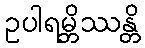
ဥပါရမ္ဘိဿန္တိ